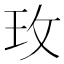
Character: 玫